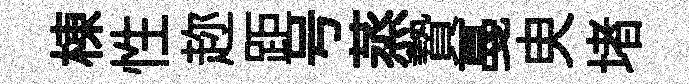
棟性趂距号蒸贄戞㬰堵